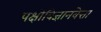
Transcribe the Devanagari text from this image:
पक्षीविज्ञानवेत्ता